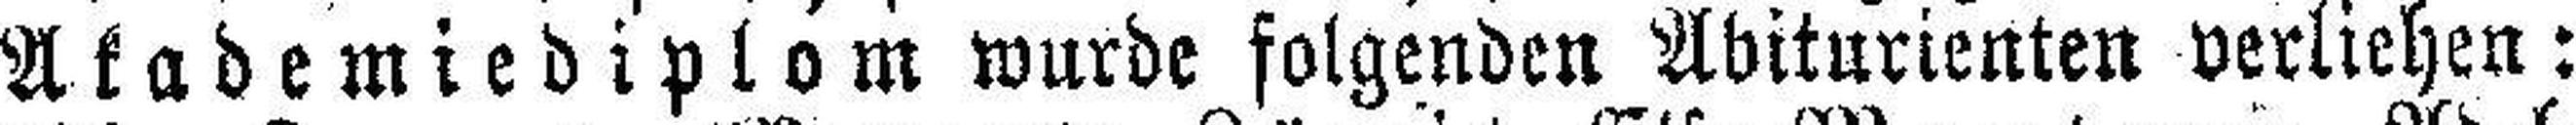
Akademiediplom wurde folgenden Abiturienten verliehen: